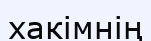
хакімнің